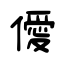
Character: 僾